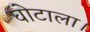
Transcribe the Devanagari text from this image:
घोटाला।